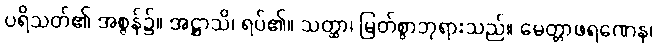
ပရိသတ်၏ အစွန်၌။ အဋ္ဌာသိ၊ ရပ်၏။ သတ္ထာ၊ မြတ်စွာဘုရားသည်။ မေတ္တာဖရဏေန၊